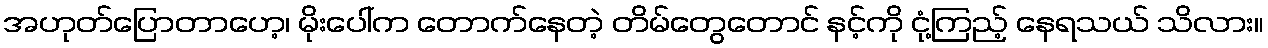
အဟုတ်ပြောတာဟေ့၊ မိုးပေါ်က တောက်နေတဲ့ တိမ်တွေတောင် နင့်ကို ငုံ့ကြည့် နေရသယ် သိလား။